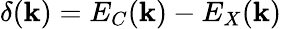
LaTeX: \delta({\mathbf k})=E_{C}({\mathbf k})-E_{X}({\mathbf k})